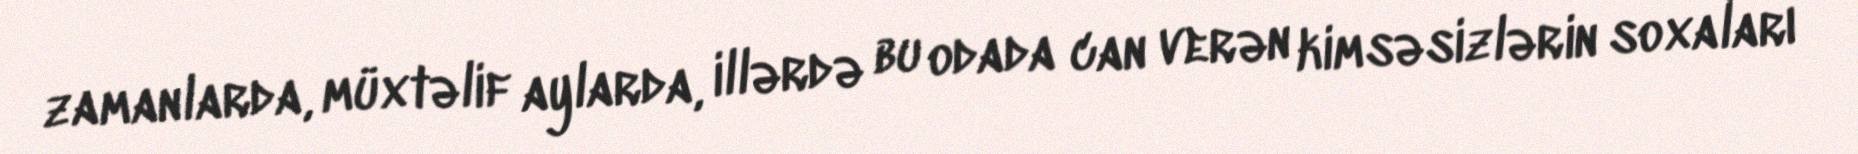
zamanlarda, müxtəlif aylarda, illərdə bu odada can verən kimsəsizlərin soxaları